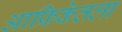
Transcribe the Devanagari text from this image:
आफ्रिकेतला